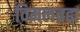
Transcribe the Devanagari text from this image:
विमलब्रह्म